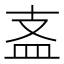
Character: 𥁈